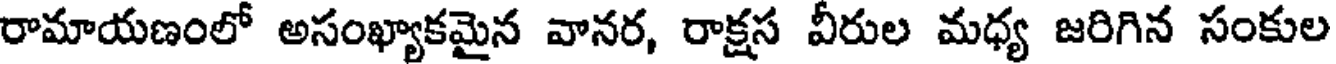
రామాయణంలో అసంఖ్యాకమైన వానర, రాక్షస వీరుల మధ్య జరిగిన సంకుల